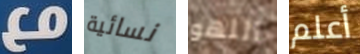
مع نسائية اللهو أعلم